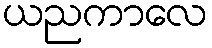
ယညကာလေ